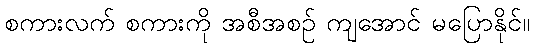
စကားလက် စကားကို အစီအစဉ် ကျအောင် မပြောနိုင်။